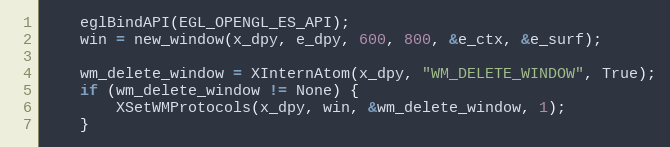
Language: C
	eglBindAPI(EGL_OPENGL_ES_API);
	win = new_window(x_dpy, e_dpy, 600, 800, &e_ctx, &e_surf);

	wm_delete_window = XInternAtom(x_dpy, "WM_DELETE_WINDOW", True);
	if (wm_delete_window != None) {
		XSetWMProtocols(x_dpy, win, &wm_delete_window, 1);
	}